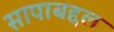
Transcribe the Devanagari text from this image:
सापाबद्दल